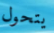
يتحول